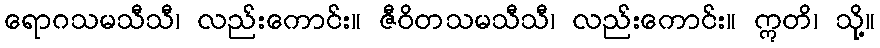
ရောဂသမသီသီ၊ လည်းကောင်း။ ဇီဝိတသမသီသီ၊ လည်းကောင်း။ ဣတိ၊ သို့။